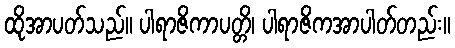
ထိုအာပတ်သည်။ ပါရာဇိကာပတ္တိ၊ ပါရာဇိကအာပါတ်တည်း။